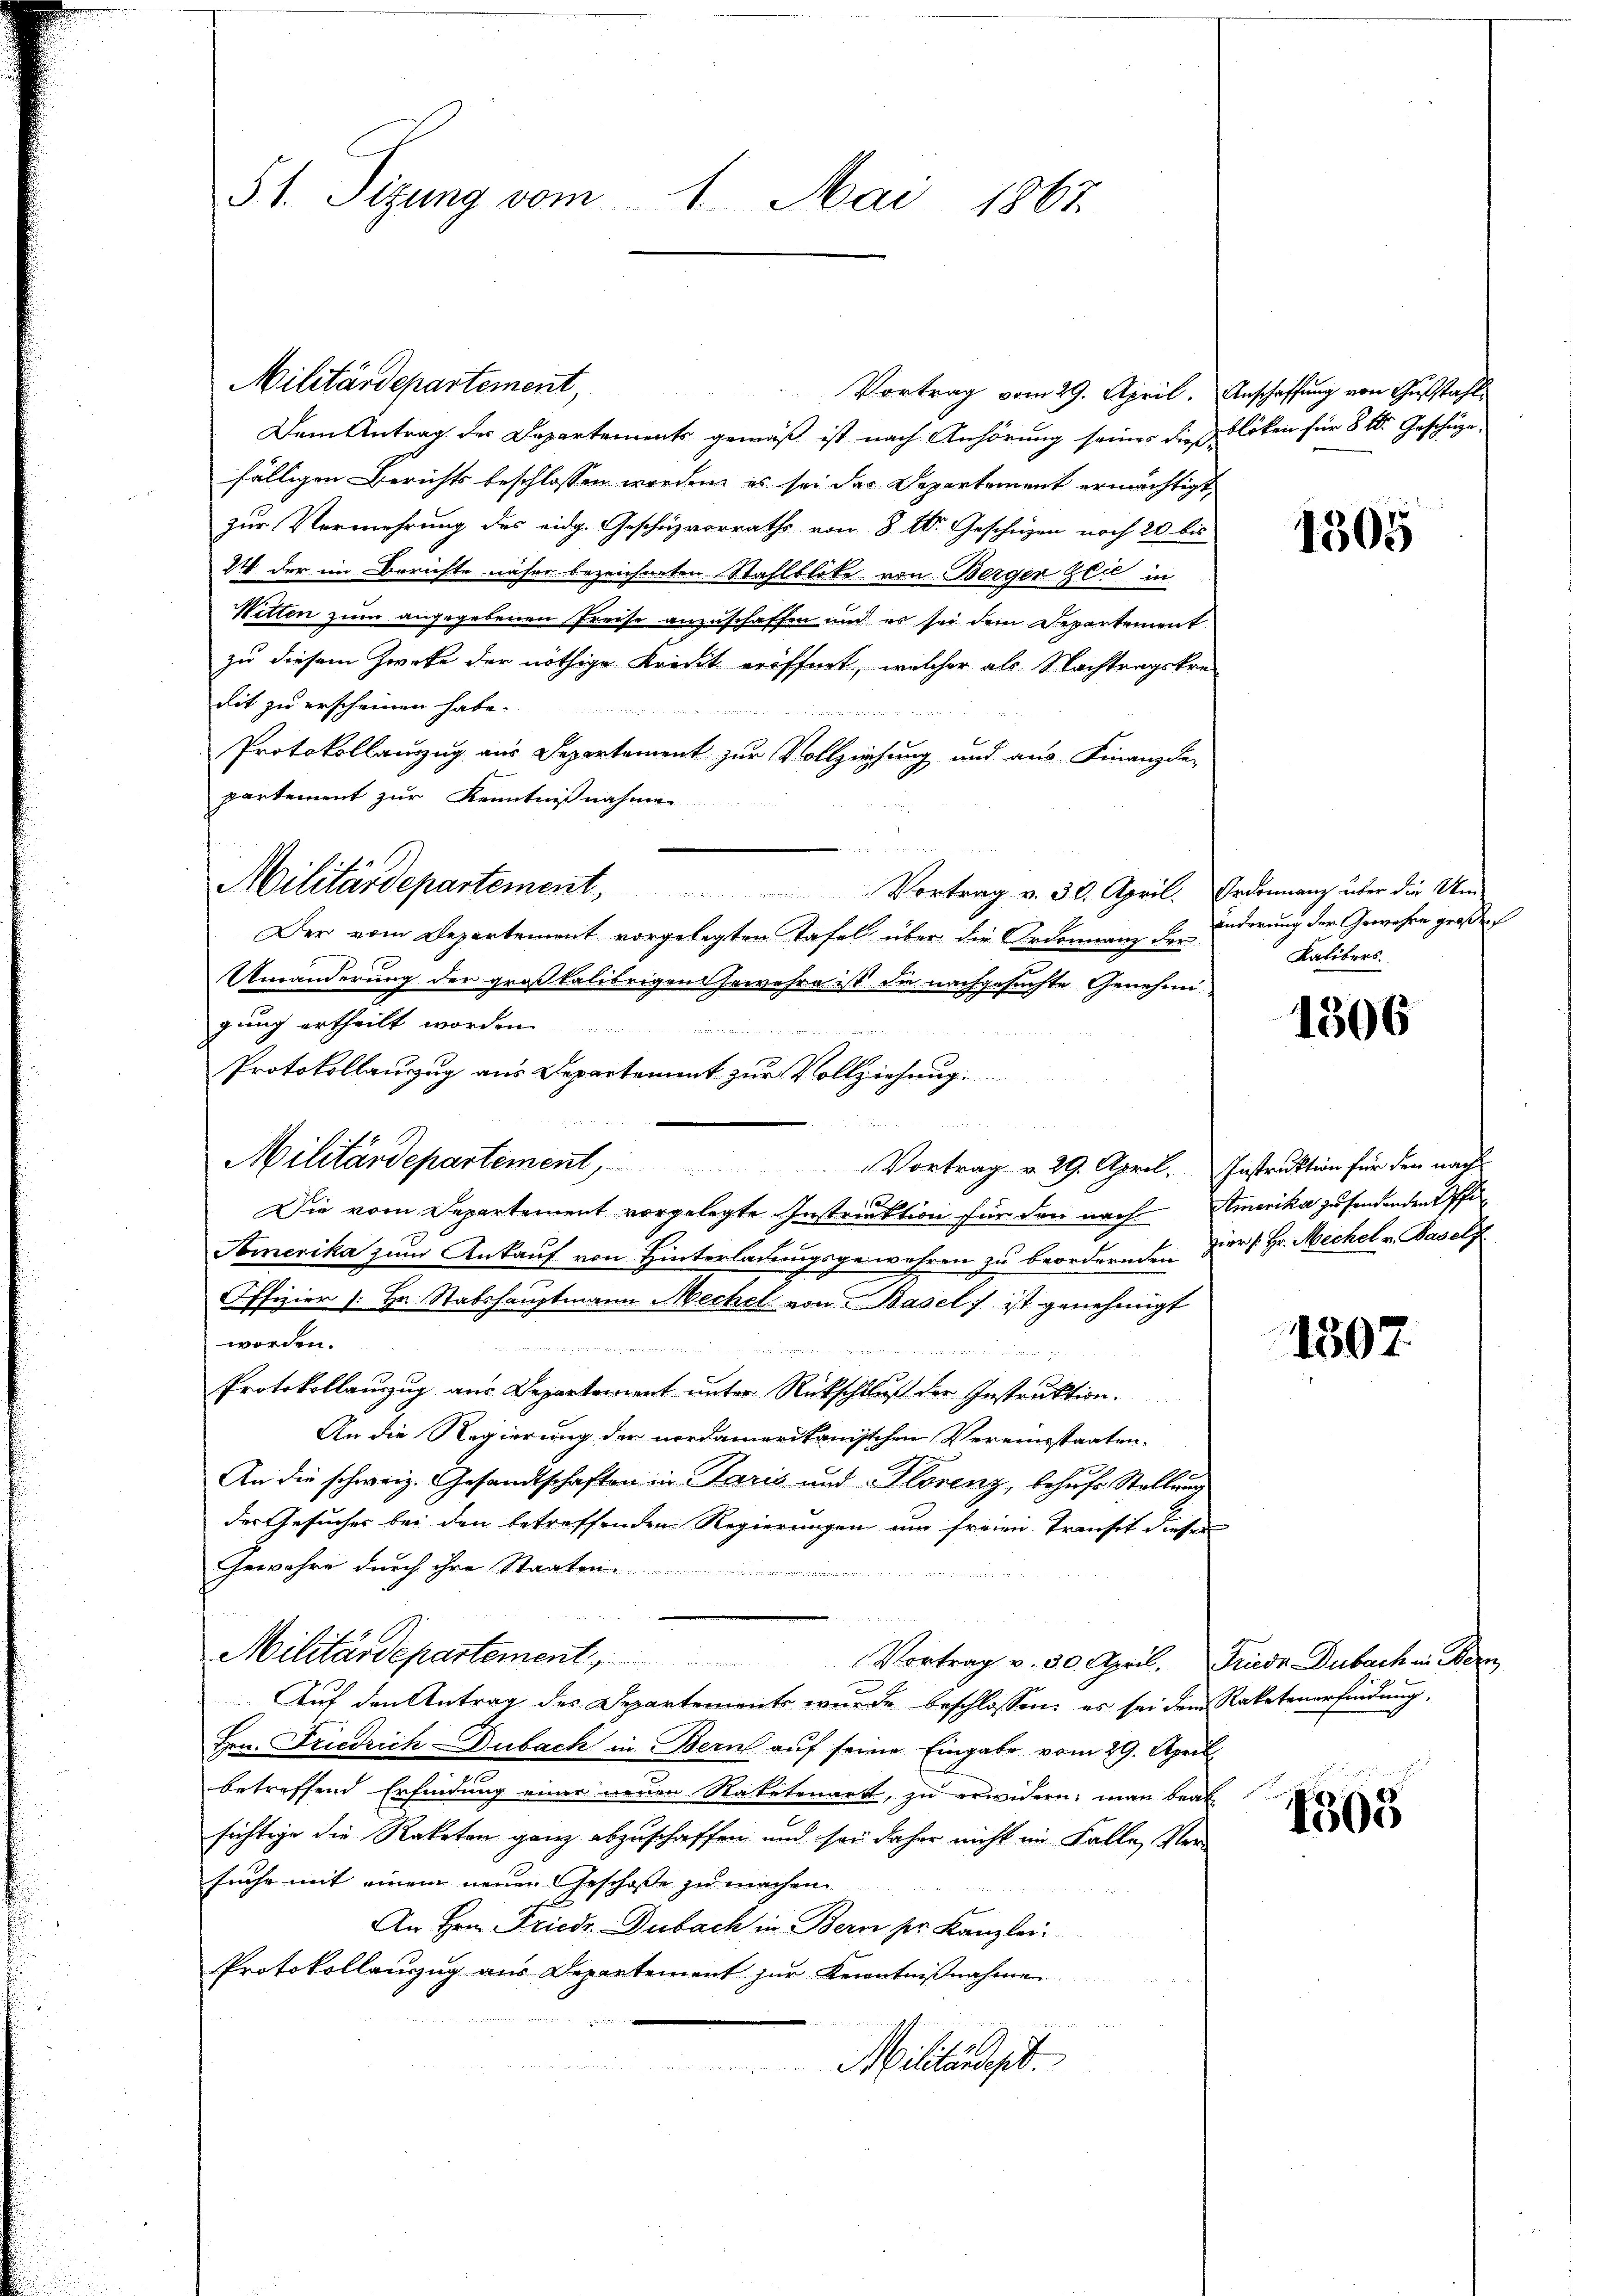
51. Sizung vom 1. Mai 1867.

Militärdepartement,

Dem Antrag der Departements gemäß ist nach Anhörung seiner die Kloten für 8 f. Geschüzefälligen Berichts beschlossen werden, es sei das Departement ermächtigt,
zur Vermehrung des eidg. Geschüzvorraths von 8 E. Geschüzen noch 20 bis
24 der im Berichte näher bezeichneten Stahlblite von Berger Zeit in
Witten zum angegebenen Preise anzuschaffen und es sei dem Departement
zu diesem Zwecke der nöthige Kredit eröffnet, welcher als Nachtragskre-
dit zu erscheinen habe.
Protokollauszug aus Departement zur Vollziehung und aus. Finanzde-
partement zur Kenntnißnahmen
Der vom Departement vorgelegten Tafel über die Ordonnanz der
Umänderung der großkalibrigen sowahre ist die nachgesuchte Genehmigung ertheilt worden.
Protokollanzug aus Departement zur Vollziehung.
Militärdepartement                         Vortrag v. 29. April. Instruktion für den nach
Die vom Departement vorgelegte Instruktion für den nach Amerika zu findenden Pfi¬
Somerika zum Ankauf von Hinterladungsgewehren zu beordnenden hiers. Hr. Mechel v. Basels
Offizier (: Hr. Stabshauptmann Mechel von Basel ist genehmigt
worden.
n verung eine an gegen von der die n
Protokollauzug aus Departement unter Rückschluß der Instruktion.
An die Regierung der nordamerikanischen Vereinsstaaten-
An die schweiz. Gesandtschaften in Paris und Florenz, behufe Stellung
der Gesucher bei den betreffenden Regierungen um freien Transit diesen
Gewahre durch ihre Staaten
Militärdepartement Vortrag v. 30. April. Friedr Dubach in Bern
Auf den Antrag des Departements wurde beschlossen: es sei dem Raketenerfindung.
Hrn. Friedrich Dubach in Bern auf seine Eingabe vom 29. April
betreffend Erfindung einer neuen Natetenart, zu erwidern, man beab
sichtige die Raketon ganz abzuschaffen und sei daher nicht im Falle, Ver-
suche mit einem neuen Geschose zu machen.
g
An Hrn. Friedr. Dubach in Bern der Kanzlei.
Protokollauszug aus Departement zur Kenntnißnahme
Militärdept

Militärdepartement, Vortrag v. 30. April. Ordonanz über die Um

Vortrag vom 29. April. Anschaffung von Gustahl

1305

änderung der Gewähren großen
Kalibers.

1306

1507

4505